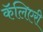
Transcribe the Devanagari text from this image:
कॅलिएरी